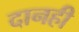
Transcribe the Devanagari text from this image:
दानही